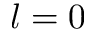
l = 0